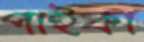
পাইকা